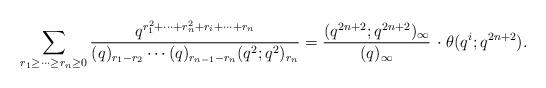
LaTeX: \begin{align*}\sum_{r_1\geq\dots\geq r_n\geq 0}\frac{q^{r_1^2+\cdots+r_n^2+r_i+\cdots+r_n}}{(q)_{r_1-r_2}\cdots(q)_{r_{n-1}-r_n}(q^2;q^2)_{r_n}} =\frac{(q^{2n+2};q^{2n+2})_{\infty}}{(q)_{\infty}}\, \cdot \theta(q^i;q^{2n+2}).\end{align*}